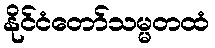
နိုင်ငံတော်သမ္မတထံ